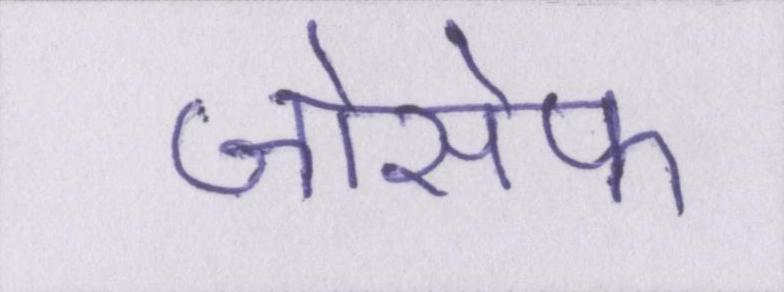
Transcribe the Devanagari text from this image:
जोसेफ